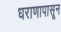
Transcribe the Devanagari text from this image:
धराणापासून